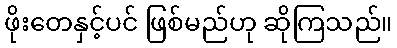
ဖိုးတေနှင့်ပင် ဖြစ်မည်ဟု ဆိုကြသည်။